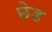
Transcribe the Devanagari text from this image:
छ़ेड